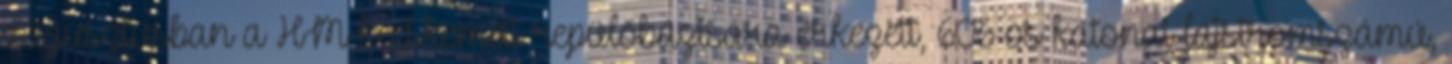
augusztusban a HM kecskeméti repülőbázisára érkezett, 606-os katonai lajstromszámú,